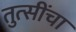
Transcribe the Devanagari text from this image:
तुत्‍सींचा